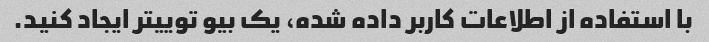
با استفاده از اطلاعات کاربر داده شده، یک بیو توییتر ایجاد کنید.